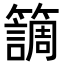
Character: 𥶏